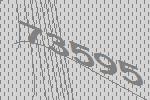
73595